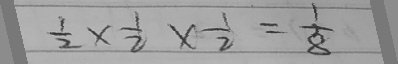
\frac { 1 } { 2 } \times \frac { 1 } { 2 } \times \frac { 1 } { 2 } = \frac { 1 } { 8 }